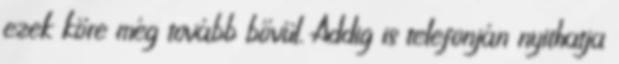
ezek köre még tovább bővül. Addig is telefonján nyithatja